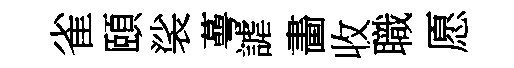
雀頤裟蕚謔畵收職愿